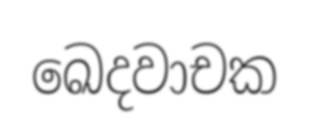
ඛෙදවාචක